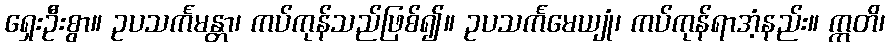
ရှေးဦးစွာ။ ဥပသင်္ကမန္တာ၊ ကပ်ကုန်သည်ဖြစ်၍။ ဥပသင်္ကမေယျုံ၊ ကပ်ကုန်ရာအံ့နည်း။ ဣတိ၊